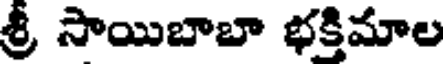
శ్రీ సాయిబాబా భక్తిమాల